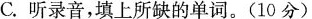
C.听录音,填上所缺的单词.(10分)